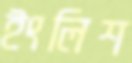
ইংলিশ